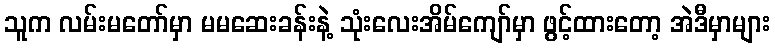
သူက လမ်းမတော်မှာ မမဆေးခန်းနဲ့ သုံးလေးအိမ်ကျော်မှာ ဖွင့်ထားတော့ အဲဒီမှာများ